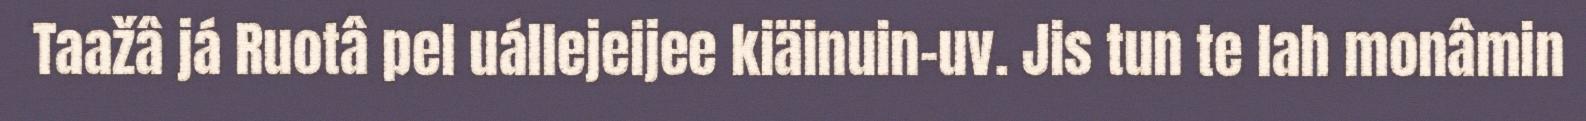
Taažâ já Ruotâ pel uállejeijee kiäinuin-uv. Jis tun te lah monâmin